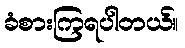
ခံစားကြရပါတယ်။